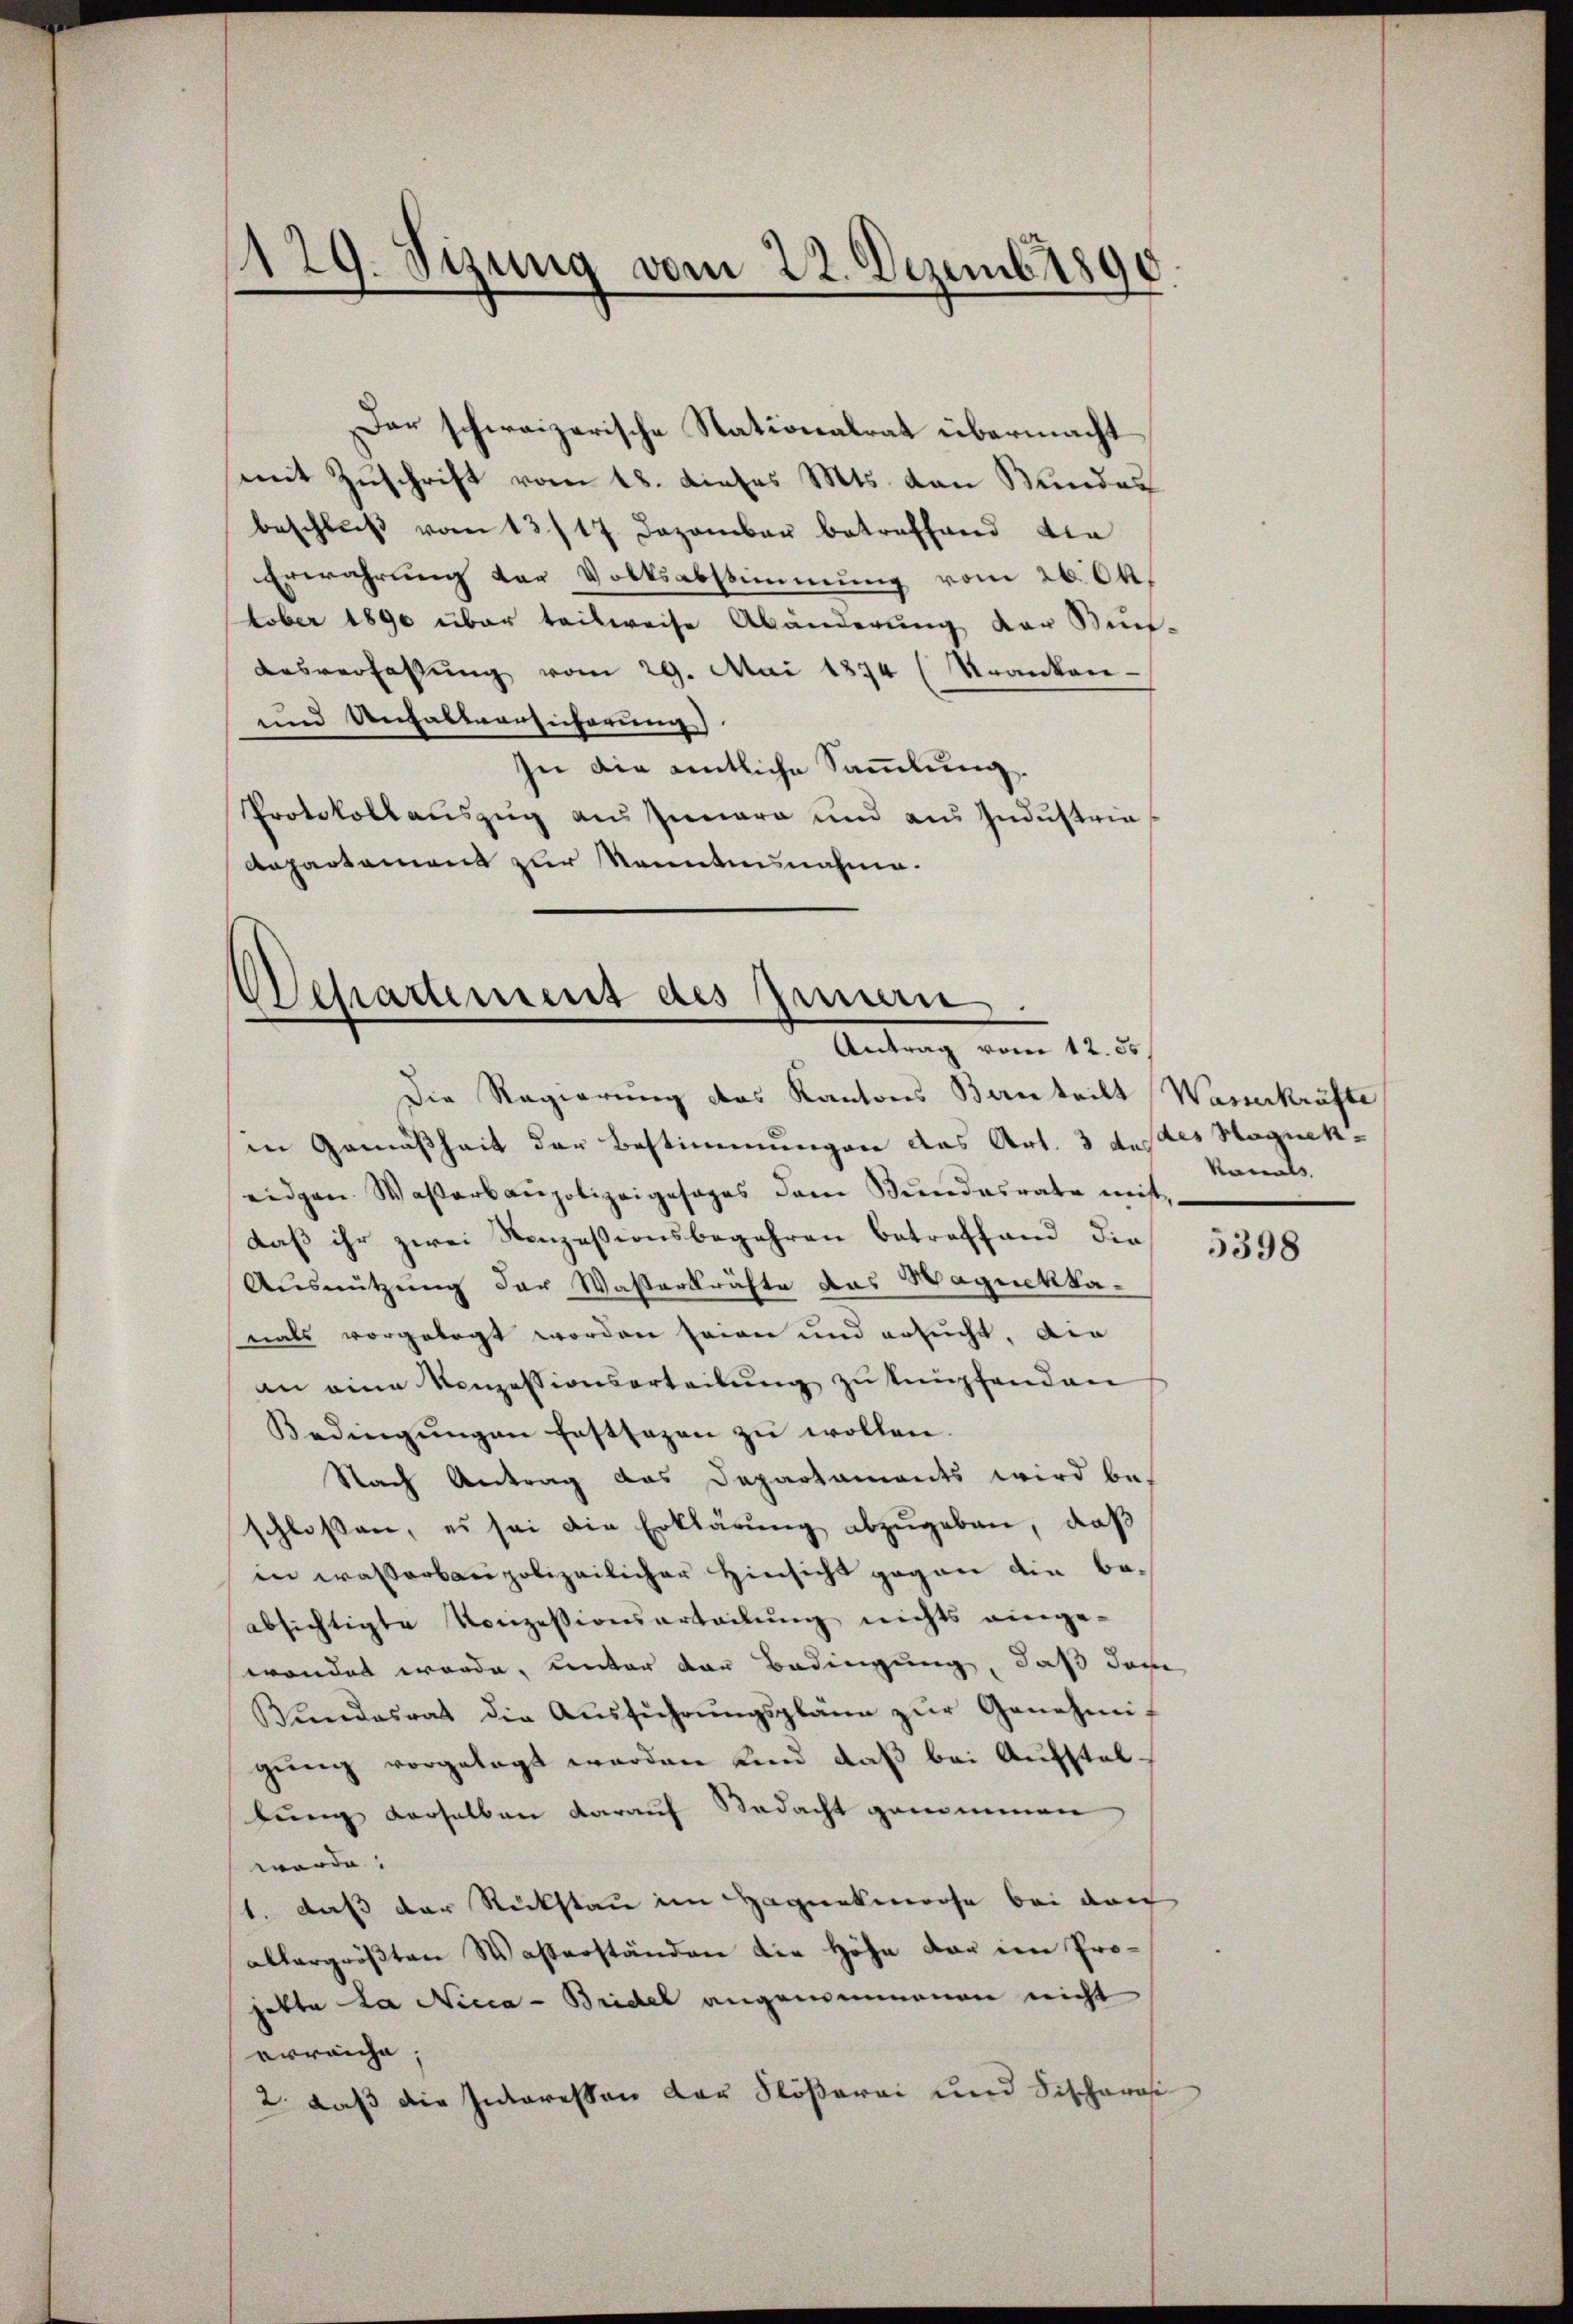
129. Sizung vom 22. Dezemb. 1890

Der schweizerische Stationalrat übermacht
mit Zuschrift vom 18. dieses Mts. von Bundes
beschlŭβ vom 13./17. Dezember betreffend die
Erwährung der Volksabstimmung vom 26. Ok
tober 1890 über teilweise Abänderung der Künf-
Ausverfassung vom 29. Mai 1874 (Kranken-
und Unhaltsansicherung).
In die amtliche Sammlung.
Protokollauszug aus Iunara und aus Industrie¬
Aepartament zur Kenntnisnahme.

Besartement des Innern
¬
Antrag vom 12. ds.

Die Regierung des Kantons Bentritt Wasserkräfte
in Gemäßheit der Bestimmungen das Art. 3 des des Haguekeidgen. Wasserbaupolizeigesages dem Bŭndesrate mit,
daß ihr zwei Sonzessionsbegehren betreffend die
Ausnützung der Wasserkräfte das Wagnekkanals vorgelegt worden seien und ersucht, die
an eine Konzessionserteilung zu kupfenden
Bedingŭngen festsagen zŭ wollen.
Nach Antrag das Departaments wird bes
schlossen, es sei die Erklärung abzugeben, daß
in wasserbaupolizeilicher Hinsicht gegen die beabsichtigte Vorzessionsarteilŭng nichts ange-
wendet werde, unter der Bedingung, daß das
Bŭndesrat die Aŭsführŭngspläne zŭr Genehmig
gung vorgelegt werden und daß bei Aufstellung derselben darauf Nadacht genommen
werde.
1. daß der Rückstau im Haguekmoose bei den
allergrößten Wasserständen die Höhe dar im Projette La Nicca - Bridel angenommenen nicht
erreiche;
2. daß die Interessen der Flößerei und Fischarosi

kanals

5398